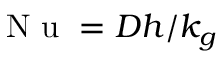
\mathrm { ~ N ~ u ~ } = D h / k _ { g }